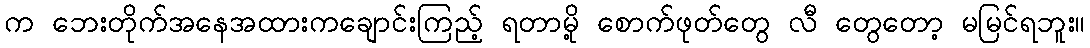
က ဘေးတိုက်အနေအထားကချောင်းကြည့် ရတာမို့ စောက်ဖုတ်တွေ လီ တွေတော့ မမြင်ရဘူး။